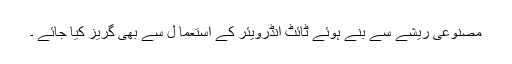
مصنوعی ریشے سے بنے ہوئے ٹائٹ انڈرویئر کے استعما ل سے بھی گریز کیا جائے ۔